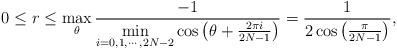
LaTeX: \begin{align*}0\leq r\leq \max\limits_{\theta}\frac{-1}{\min\limits_{i=0,1,\cdots,2N-2}\cos \left (\theta+\frac{2\pi i}{2N-1}\right )}=\frac{1}{2\cos\left ( \frac{\pi}{2N-1}\right )},\end{align*}